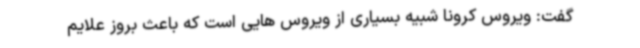
گفت: ویروس کرونا شبیه بسیاری از ویروس هایی است که باعث بروز علایم